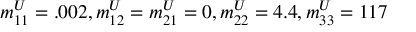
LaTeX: { m _ { 1 1 } ^ { U } } = . 0 0 2 , { m _ { 1 2 } ^ { U } } = { m _ { 2 1 } ^ { U } } = 0 , { m _ { 2 2 } ^ { U } } = 4 . 4 , { m _ { 3 3 } ^ { U } } = 1 1 7